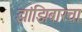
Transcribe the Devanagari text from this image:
झांझिबारचा